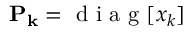
\mathbf { P _ { k } } = \mathrm { ~ d ~ i ~ a ~ g ~ } [ x _ { k } ]